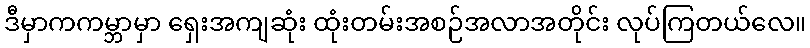
ဒီမှာကကမ္ဘာမှာ ရှေးအကျဆုံး ထုံးတမ်းအစဉ်အလာအတိုင်း လုပ်ကြတယ်လေ။